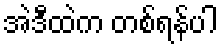
အဲဒီထဲက တစ်ရန်ပါ